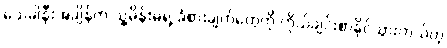
သေခါနီးအချိန်က သူ့မိန်းမရဲ့ ခံစားချက်တွေကို ကိုယ်ချင်းစာနိုင်သွားတယ်တဲ့